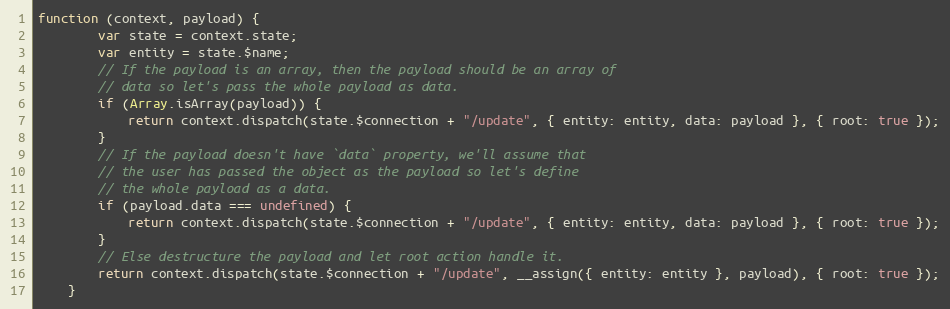
Language: JavaScript
function (context, payload) {
        var state = context.state;
        var entity = state.$name;
        // If the payload is an array, then the payload should be an array of
        // data so let's pass the whole payload as data.
        if (Array.isArray(payload)) {
            return context.dispatch(state.$connection + "/update", { entity: entity, data: payload }, { root: true });
        }
        // If the payload doesn't have `data` property, we'll assume that
        // the user has passed the object as the payload so let's define
        // the whole payload as a data.
        if (payload.data === undefined) {
            return context.dispatch(state.$connection + "/update", { entity: entity, data: payload }, { root: true });
        }
        // Else destructure the payload and let root action handle it.
        return context.dispatch(state.$connection + "/update", __assign({ entity: entity }, payload), { root: true });
    }